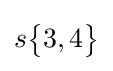
s{\begin{Bmatrix}3,4\end{Bmatrix}}